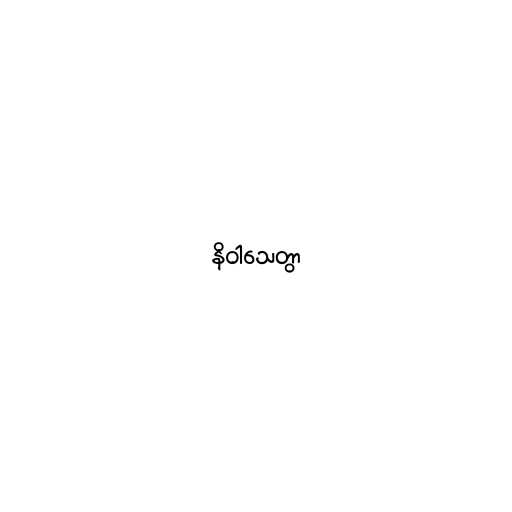
နိဝါသေတွာ